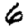
Digit: 6